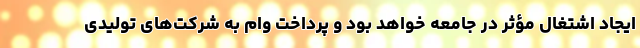
ایجاد اشتغال مؤثر در جامعه خواهد بود و پرداخت وام به شرکت‌های تولیدی